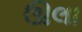
ઊલા